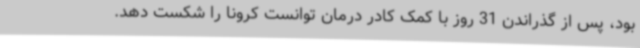
بود، پس از گذراندن 31 روز با کمک کادر درمان توانست کرونا را شکست دهد.